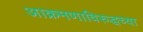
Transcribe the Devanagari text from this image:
आक्रमणाविरुद्धच्या